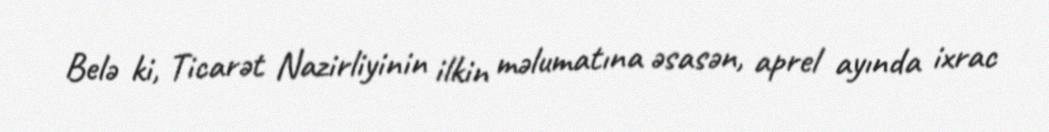
Belə ki, Ticarət Nazirliyinin ilkin məlumatına əsasən, aprel ayında ixrac